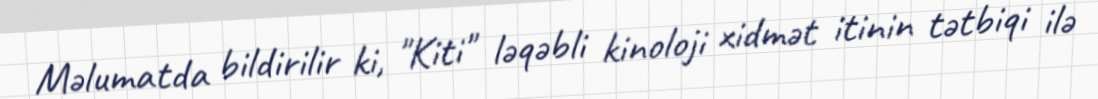
Məlumatda bildirilir ki, "Kiti" ləqəbli kinoloji xidmət itinin tətbiqi ilə